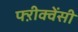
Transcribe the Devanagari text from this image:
फ्ऱीक्वेंसी